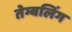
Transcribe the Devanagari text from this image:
तेम्बलिंग